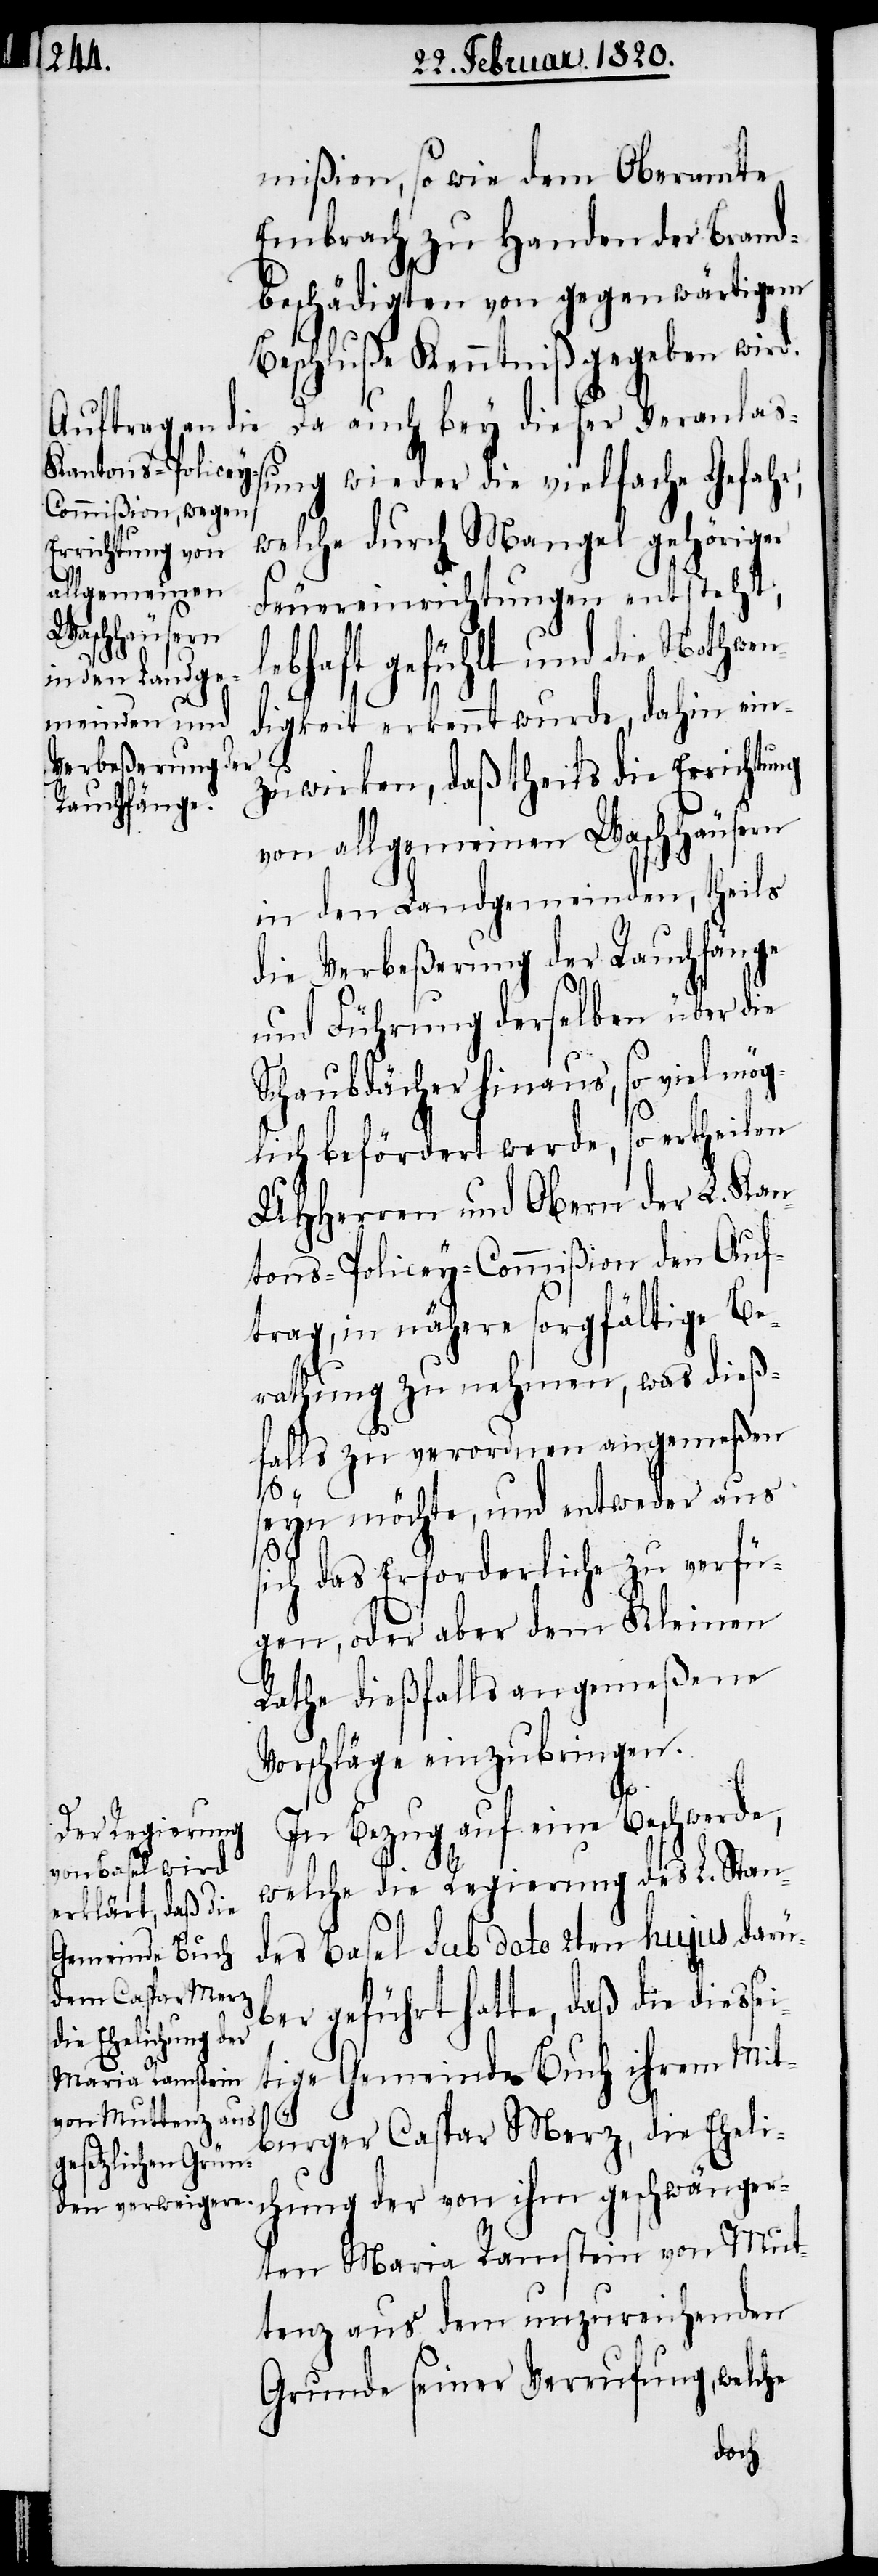
mißion, sowie dem Oberamte
Embrach zu Handen der Brand¬
beschädigten von gegenwärtigem
Beschluße Kenntniß gegeben wird.
Da auch bey dieser Veranlaß¬
ung wieder die vielfache Gefahr,
welche durch Mangel gehöriger
Feuereinrichtungen entsteht,
lebhaft gefühlt und die Nothwen¬
digkeit erkennt wurde, dahin ein¬
zuwirken, daß theils die Errichtung
von allgemeinen Waschhäusern
in den Landgemeinden, theils
die Verbeßerung der Rauchfänge
und Führung derselben über die
Schaubdächer hinaus, so viel mög¬
lich befördert werde, so ertheilen
UHHerren und Obern der L. Kan¬
tons-Policey-Commißion den Auf¬
trag, in nähere sorgfältige Be¬
rathung zu nehmen, was dieß¬
falls zu verordnen angemeßen
seyn möchte, und entweder aus
sich das Erforderliche zu verfü¬
gen, oder aber dem Kleinen
Rathe dießfalls angemeßene
Vorschläge einzubringen.
In Bezug auf eine Beschwerde,
welche die Regierung des L. Stan¬
des Basel sub dato 2ten hujus darü¬
ber geführt hatte, daß die diesse¬
tige Gemeinde Buch ihrem Mit¬
i¬
bürger Caspar Merz, die Eheli¬
chung der von ihm geschwänger¬
ten Maria Ramstein von Mu¬
tenz aus dem unzureichenden
Grunde seiner Verrufung, welche